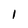
Character: 1